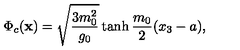
\Phi _ { c } ( { \bf x } ) = \sqrt { \frac { 3 m _ { 0 } ^ { 2 } } { g _ { 0 } } } \tanh \frac { m _ { 0 } } { 2 } ( x _ { 3 } - a ) ,